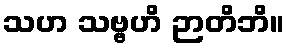
သဟ သဗ္ဗဟိ ဉာတိဘိ။